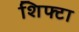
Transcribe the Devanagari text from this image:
शिफ्टा